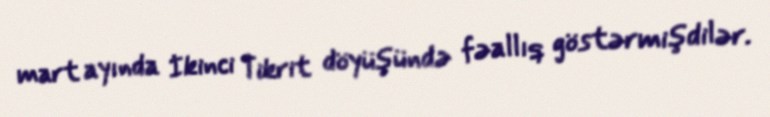
mart ayında İkinci Tikrit döyüşündə fəallıq göstərmişdilər.